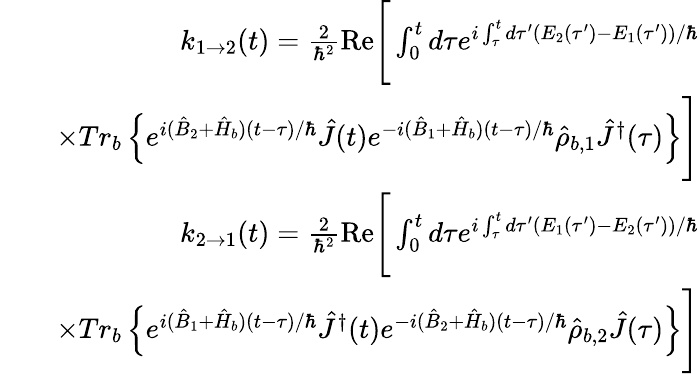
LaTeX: \begin{array}{rlr}&{}&{k_{1\rightarrow 2}(t)=\frac{2}{\hbar^{2}}\mathrm{Re}\Bigg[\int_{0}^{t}d\tau e^{i\int_{\tau}^{t}d\tau^{\prime}(E_{2}(\tau^{\prime})-E_{1}(\tau^{\prime}))/\hbar}}\\ &{}&{\times Tr_{b}\left\{ e^{i(\hat{B}_{2}+\hat{H}_{b})(t-\tau)/\hbar}\hat{J}(t)e^{-i(\hat{B}_{1}+\hat{H}_{b})(t-\tau)/\hbar}\hat{\rho}_{b,1}\hat{J}^{\dagger}(\tau)\right\} \Bigg]}\\ &{}&{k_{2\rightarrow 1}(t)=\frac{2}{\hbar^{2}}\mathrm{Re}\Bigg[\int_{0}^{t}d\tau e^{i\int_{\tau}^{t}d\tau^{\prime}(E_{1}(\tau^{\prime})-E_{2}(\tau^{\prime}))/\hbar}}\\ &{}&{\times Tr_{b}\left\{ e^{i(\hat{B}_{1}+\hat{H}_{b})(t-\tau)/\hbar}\hat{J}^{\dagger}(t)e^{-i(\hat{B}_{2}+\hat{H}_{b})(t-\tau)/\hbar}\hat{\rho}_{b,2}\hat{J}(\tau)\right\} \Bigg]}\end{array}